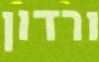
ורדון